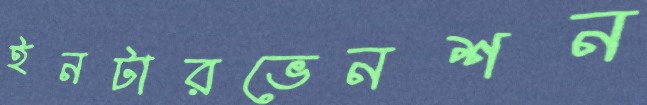
ইনটারভেনশন